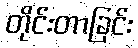
တိုင်းတာခြင်း